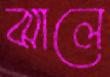
ঝালে